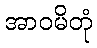
အာဝမိတုံ